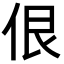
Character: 佷